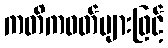
ကတိကဝတ်များဖြင့်